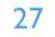
27